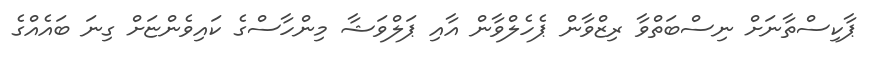
ޕާކިސްތާނަށް ނިސްބަތްވާ ރިޒްވާން ޕެހެލްވާން އާއި ޕަލްވަޝާ މިންހާސްގެ ކައިވެންޏަށް ގިނަ ބައެއްގެ